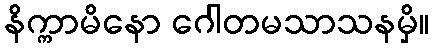
နိက္ကာမိနော ဂေါတမသာသနမှိ။